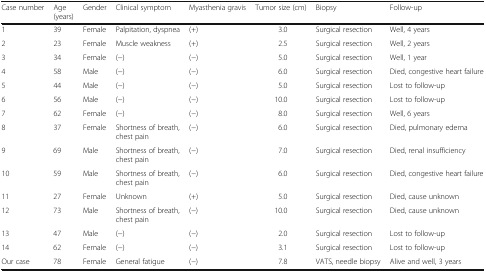
<table><thead><tr><td><b>Case number</b></td><td><b>Age (years)</b></td><td><b>Gender</b></td><td><b>Clinical symptom</b></td><td><b>Myasthenia gravis</b></td><td><b>Tumor size (cm)</b></td><td><b>Biopsy</b></td><td><b>Follow-up</b></td></tr></thead><tbody><tr><td>1</td><td>39</td><td>Female</td><td>Palpitation, dyspnea</td><td>(+)</td><td>3.0</td><td>Surgical resection</td><td>Well, 4 years</td></tr><tr><td>2</td><td>23</td><td>Female</td><td>Muscle weakness</td><td>(+)</td><td>2.5</td><td>Surgical resection</td><td>Well, 2 years</td></tr><tr><td>3</td><td>34</td><td>Female</td><td>(−)</td><td>(−)</td><td>5.0</td><td>Surgical resection</td><td>Well, 1 year</td></tr><tr><td>4</td><td>58</td><td>Male</td><td>(−)</td><td>(−)</td><td>6.0</td><td>Surgical resection</td><td>Died, congestive heart failure</td></tr><tr><td>5</td><td>44</td><td>Male</td><td>(−)</td><td>(−)</td><td>5.0</td><td>Surgical resection</td><td>Lost to follow-up</td></tr><tr><td>6</td><td>56</td><td>Male</td><td>(−)</td><td>(−)</td><td>10.0</td><td>Surgical resection</td><td>Lost to follow-up</td></tr><tr><td>7</td><td>62</td><td>Female</td><td>(−)</td><td>(−)</td><td>8.0</td><td>Surgical resection</td><td>Well, 6 years</td></tr><tr><td>8</td><td>37</td><td>Female</td><td>Shortness of breath, chest pain</td><td>(−)</td><td>6.0</td><td>Surgical resection</td><td>Died, pulmonary edema</td></tr><tr><td>9</td><td>69</td><td>Male</td><td>Shortness of breath, chest pain</td><td>(−)</td><td>7.0</td><td>Surgical resection</td><td>Died, renal insufficiency</td></tr><tr><td>10</td><td>59</td><td>Male</td><td>Shortness of breath, chest pain</td><td>(−)</td><td>6.0</td><td>Surgical resection</td><td>Died, congestive heart failure</td></tr><tr><td>11</td><td>27</td><td>Female</td><td>Unknown</td><td>(+)</td><td>5.0</td><td>Surgical resection</td><td>Died, cause unknown</td></tr><tr><td>12</td><td>73</td><td>Male</td><td>Shortness of breath, chest pain</td><td>(−)</td><td>10.0</td><td>Surgical resection</td><td>Died, cause unknown</td></tr><tr><td>13</td><td>47</td><td>Male</td><td>(−)</td><td>(−)</td><td>2.0</td><td>Surgical resection</td><td>Lost to follow-up</td></tr><tr><td>14</td><td>62</td><td>Female</td><td>(−)</td><td>(−)</td><td>3.1</td><td>Surgical resection</td><td>Lost to follow-up</td></tr><tr><td>Our case</td><td>78</td><td>Female</td><td>General fatigue</td><td>(−)</td><td>7.8</td><td>VATS, needle biopsy</td><td>Alive and well, 3 years</td></tr></tbody></table>